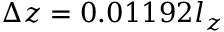
\Delta z = 0 . 0 1 1 9 2 l _ { z }